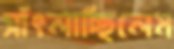
সাঁৎলাচ্ছিলেম